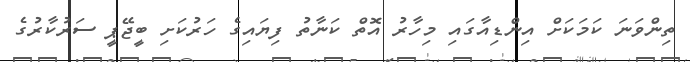
ތިންވަނަ ކަމަކަށް އިންޑިއާގައި މިހާރު އޮތް ކަނާތު ފިޔައިގެ ހަރުކަށި ބީޖޭޕީ ސަރުކާރުގެ